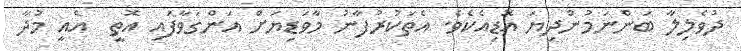
ދުވެލިލާ ބަންނަމުންދިޔަ އޮޑިއެކެވެ. އެތަކުރުފާނު މާވަޑިޔަށް އަންގަވާފައި އޮތީ  އެއީ މުދާ